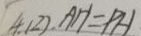
4 ( 2 ) . A H = P H